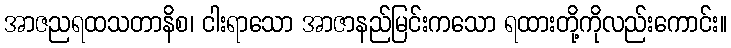
အာဇညရထသတာနိစ၊ ငါးရာသော အာဇာနည်မြင်းကသော ရထားတို့ကိုလည်းကောင်း။